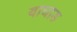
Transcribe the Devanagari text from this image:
वाघाड